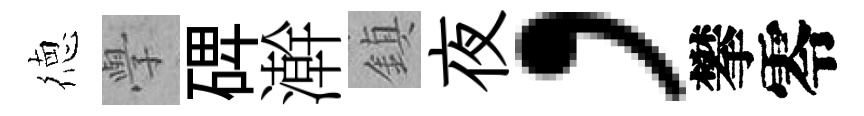
徳𭓕𥓓澣鎮夜，攀零